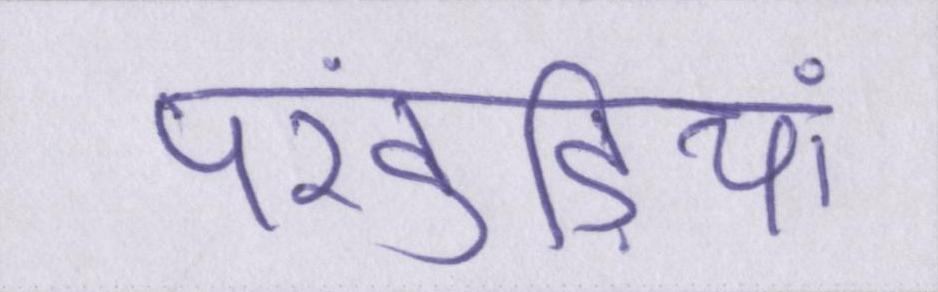
पंखुड़ियां